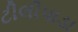
ટીલીપાડા